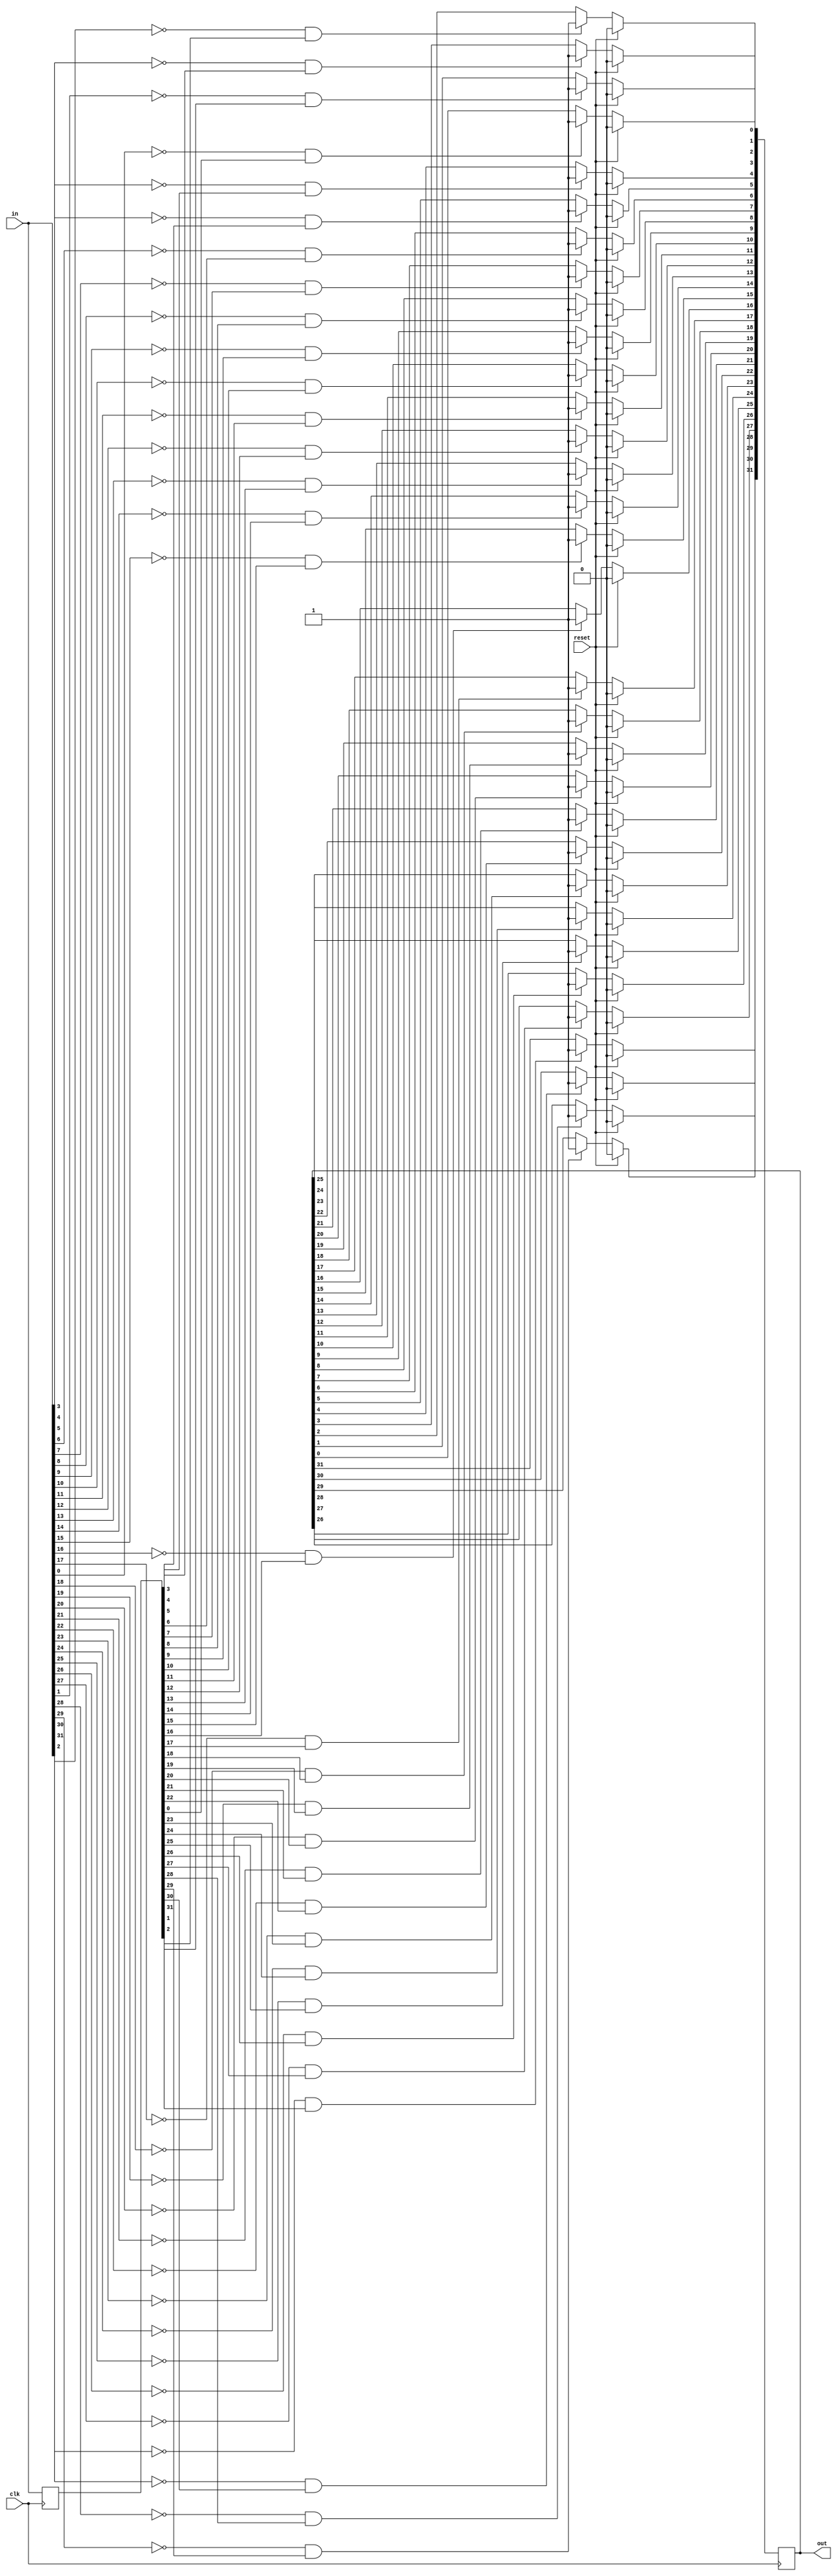
module top_module (
    input clk,
    input reset,
    input [31:0] in,
    output [31:0] out
);
reg [31:0] in_reg;
reg [31:0] out_reg;
integer i;
always @(posedge clk) begin
    in_reg <= in;
end

always @(posedge clk) begin
    if(reset)begin
        out_reg <= 0;
    end
    else begin
        for(i = 0; i < 32;i = i + 1)begin
            if(~in[i] && in_reg[i])begin
                out_reg[i] <= 1;
            end
            else begin
                out_reg[i] <= out_reg[i];
            end   
        end
    end
end
assign out = out_reg;
endmodule